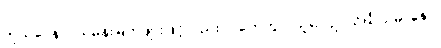
ကုသဂ္ဂေနပိ၊ သမန်းမြက်ဖျားဖြင့်လည်း။ ဂဟေတွာ၊ ယူ၍။ ဥပသိင်္ဃိယမာနော၊